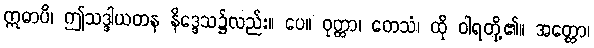
ဣဓာပိ၊ ဤသဒ္ဒါယတန နိဒ္ဒေသ၌လည်း။ ပေ။ ဝုတ္တာ၊ တေသံ၊ ထို ဝါရတို့၏။ အတ္ထော၊